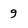
Character: g